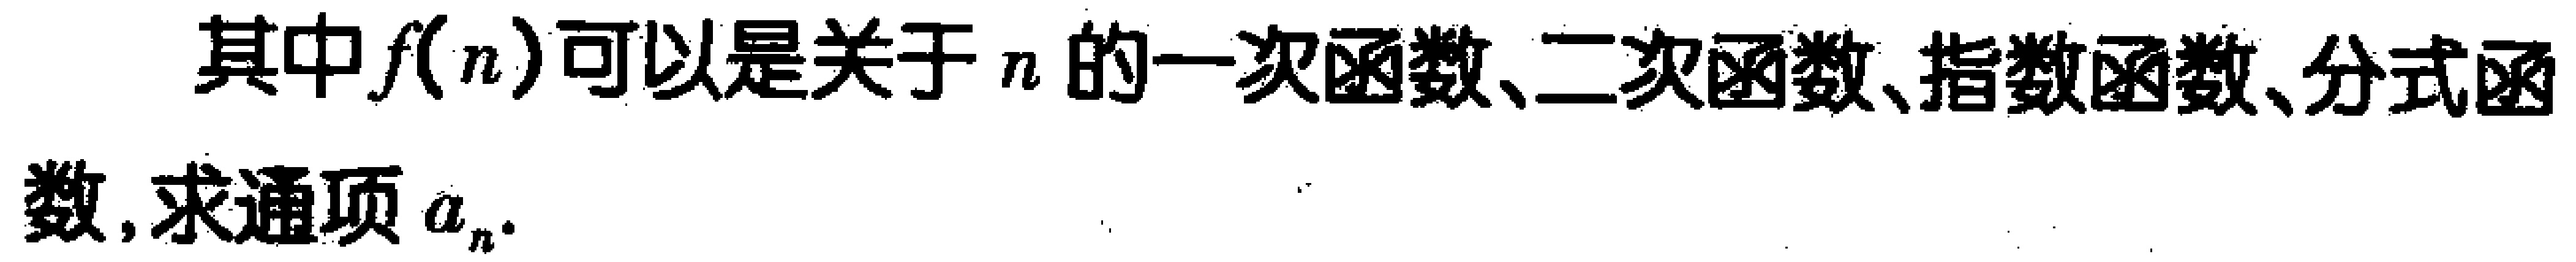
其中\(f(n)\)可以是关于\(n\)的一次函数、二次函数、指数函数、分式函数, 求通项\(a_{n}\).